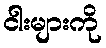
ငါးများကို